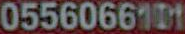
0556066101